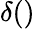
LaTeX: \delta()